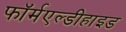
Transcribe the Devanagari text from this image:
फॉर्मएल्डीहाइड